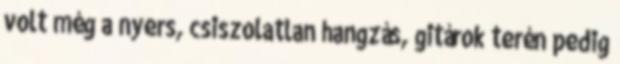
volt még a nyers, csiszolatlan hangzás, gitárok terén pedig